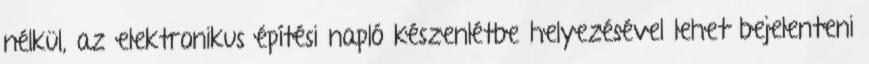
nélkül, az elektronikus építési napló készenlétbe helyezésével lehet bejelenteni